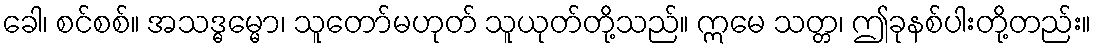
ခေါ၊ စင်စစ်။ အသဒ္ဓမ္မော၊ သူတော်မဟုတ် သူယုတ်တို့သည်။ ဣမေ သတ္တ၊ ဤခုနစ်ပါးတို့တည်း။